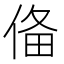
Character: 俻